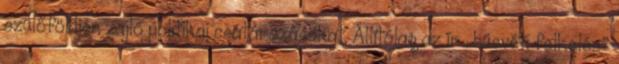
szülőföldjén zajló politikai csatározásokat. Állítólag az ír „húsvéti felkelés”